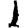
Digit: 1